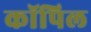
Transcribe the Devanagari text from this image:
कॉपिल